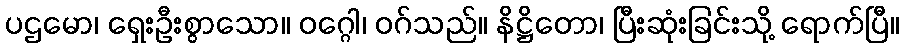
ပဌမော၊ ရှေးဦးစွာသော။ ဝဂ္ဂေါ၊ ဝဂ်သည်။ နိဋ္ဌိတော၊ ပြီးဆုံးခြင်းသို့ ရောက်ပြီ။